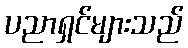
ပညာရှင်များသည်